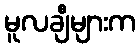
မူလချီများက